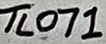
Text: TL071